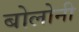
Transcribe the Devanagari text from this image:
बोलोनी